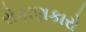
રોકાણકારો